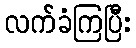
လက်ခံကြပြီး